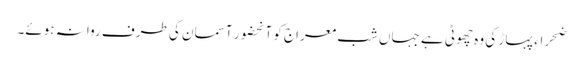
ضحراء پہاڑ کی وہ چھوٹی ہے جہاں شب معراج کو آنحضور آسمان کی طرف روانہ ہوئے۔